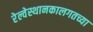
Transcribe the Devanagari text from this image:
रेल्वेस्थानकालगतच्या